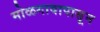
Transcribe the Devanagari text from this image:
मोळगावापासून